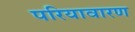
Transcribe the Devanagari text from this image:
परियावारण